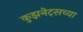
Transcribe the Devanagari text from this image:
कुझनेट्सच्या